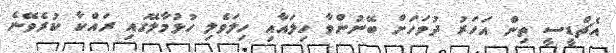
އެޗްޑީސީ ތިން އަހަރު ދުވަހަށް ބޭނުންވާ ހިލައާއި ހިލަވެލި ހުޅުމާލޭގައި ރައްކާ ކުރެވޭނެ